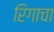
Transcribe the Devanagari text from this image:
रिगाचा